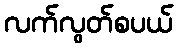
လက်လွတ်စပယ်